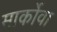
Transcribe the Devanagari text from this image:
मार्कोवा